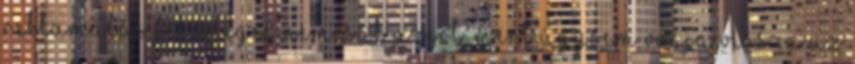
reklamálás felesleges nemcsak azért, mert úgysem vonja vissza az